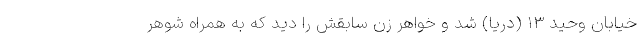
خیابان وحید ۱۳ (دریا) شد و خواهر زن سابقش را دید که به همراه شوهر